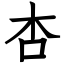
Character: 杏